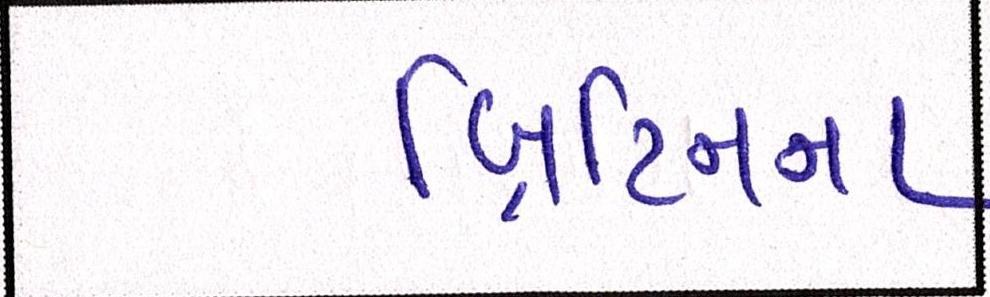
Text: બ્રિટિનના